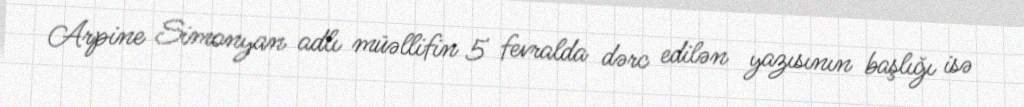
Arpine Simonyan adlı müəllifin 5 fevralda dərc edilən yazısının başlığı isə